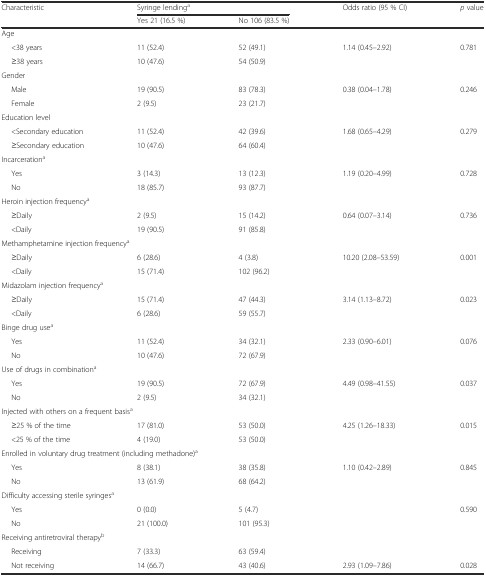
<table><thead><tr><td><b>Characteristic</b></td><td colspan="2"><b>Syringe lending<sup>a</sup></b></td><td><b>Odds ratio (95 % CI)</b></td><td><b><i>p</i> value</b></td></tr><tr><td></td><td><b>Yes 21 (16.5 %)</b></td><td><b>No 106 (83.5 %)</b></td><td></td><td></td></tr></thead><tbody><tr><td colspan="5">Age</td></tr><tr><td>&lt;38 years</td><td>11 (52.4)</td><td>52 (49.1)</td><td>1.14 (0.45–2.92)</td><td>0.781</td></tr><tr><td>≥38 years</td><td>10 (47.6)</td><td>54 (50.9)</td><td></td><td></td></tr><tr><td colspan="5">Gender</td></tr><tr><td>Male</td><td>19 (90.5)</td><td>83 (78.3)</td><td>0.38 (0.04–1.78)</td><td>0.246</td></tr><tr><td>Female</td><td>2 (9.5)</td><td>23 (21.7)</td><td></td><td></td></tr><tr><td colspan="5">Education level</td></tr><tr><td>&lt;Secondary education</td><td>11 (52.4)</td><td>42 (39.6)</td><td>1.68 (0.65–4.29)</td><td>0.279</td></tr><tr><td>≥Secondary education</td><td>10 (47.6)</td><td>64 (60.4)</td><td></td><td></td></tr><tr><td colspan="5">Incarceration<sup>a</sup></td></tr><tr><td>Yes</td><td>3 (14.3)</td><td>13 (12.3)</td><td>1.19 (0.20–4.99)</td><td>0.728</td></tr><tr><td>No</td><td>18 (85.7)</td><td>93 (87.7)</td><td></td><td></td></tr><tr><td colspan="5">Heroin injection frequency<sup>a</sup></td></tr><tr><td>≥Daily</td><td>2 (9.5)</td><td>15 (14.2)</td><td>0.64 (0.07–3.14)</td><td>0.736</td></tr><tr><td>&lt;Daily</td><td>19 (90.5)</td><td>91 (85.8)</td><td></td><td></td></tr><tr><td colspan="5">Methamphetamine injection frequency<sup>a</sup></td></tr><tr><td>≥Daily</td><td>6 (28.6)</td><td>4 (3.8)</td><td>10.20 (2.08–53.59)</td><td>0.001</td></tr><tr><td>&lt;Daily</td><td>15 (71.4)</td><td>102 (96.2)</td><td></td><td></td></tr><tr><td colspan="5">Midazolam injection frequency<sup>a</sup></td></tr><tr><td>≥Daily</td><td>15 (71.4)</td><td>47 (44.3)</td><td>3.14 (1.13–8.72)</td><td>0.023</td></tr><tr><td>&lt;Daily</td><td>6 (28.6)</td><td>59 (55.7)</td><td></td><td></td></tr><tr><td colspan="5">Binge drug use<sup>a</sup></td></tr><tr><td>Yes</td><td>11 (52.4)</td><td>34 (32.1)</td><td>2.33 (0.90–6.01)</td><td>0.076</td></tr><tr><td>No</td><td>10 (47.6)</td><td>72 (67.9)</td><td></td><td></td></tr><tr><td colspan="5">Use of drugs in combination<sup>a</sup></td></tr><tr><td>Yes</td><td>19 (90.5)</td><td>72 (67.9)</td><td>4.49 (0.98–41.55)</td><td>0.037</td></tr><tr><td>No</td><td>2 (9.5)</td><td>34 (32.1)</td><td></td><td></td></tr><tr><td colspan="5">Injected with others on a frequent basis<sup>a</sup></td></tr><tr><td>≥25 % of the time</td><td>17 (81.0)</td><td>53 (50.0)</td><td>4.25 (1.26–18.33)</td><td>0.015</td></tr><tr><td>&lt;25 % of the time</td><td>4 (19.0)</td><td>53 (50.0)</td><td></td><td></td></tr><tr><td colspan="5">Enrolled in voluntary drug treatment (including methadone)<sup>a</sup></td></tr><tr><td>Yes</td><td>8 (38.1)</td><td>38 (35.8)</td><td>1.10 (0.42–2.89)</td><td>0.845</td></tr><tr><td>No</td><td>13 (61.9)</td><td>68 (64.2)</td><td></td><td></td></tr><tr><td colspan="5">Difficulty accessing sterile syringes<sup>a</sup></td></tr><tr><td>Yes</td><td>0 (0.0)</td><td>5 (4.7)</td><td></td><td>0.590</td></tr><tr><td>No</td><td>21 (100.0)</td><td>101 (95.3)</td><td></td><td></td></tr><tr><td colspan="5">Receiving antiretroviral therapy<sup>b</sup></td></tr><tr><td>Receiving</td><td>7 (33.3)</td><td>63 (59.4)</td><td></td><td></td></tr><tr><td>Not receiving</td><td>14 (66.7)</td><td>43 (40.6)</td><td>2.93 (1.09–7.86)</td><td>0.028</td></tr></tbody></table>